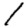
Digit: 1